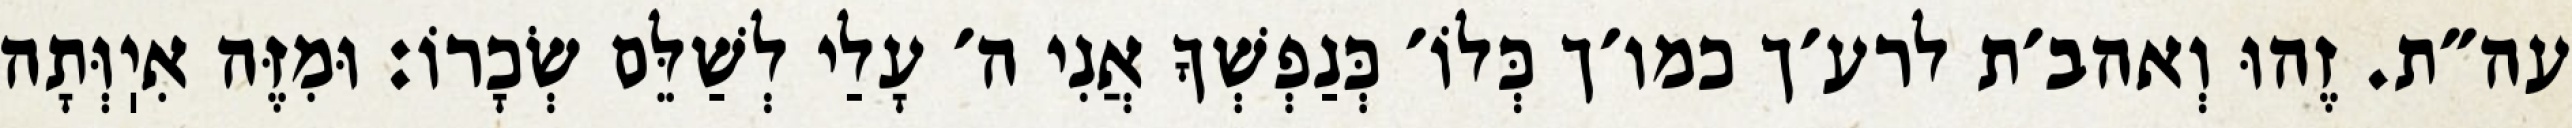
עה״ת. זֶהוּ וְאהב׳ת לרע׳ך כמו׳ך כְּלוֹ׳ כְּנַפְשְׁךָ אֲנִי ה׳ עָלַי לְשַׁלֵּם שְׂכָרוֹ: וּמִזֶּה אִיֽוְּתָה